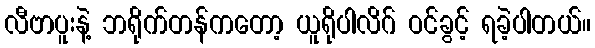
လီဗာပူးနဲ့ ဘရိုက်တန်ကတော့ ယူရိုပါလိဂ် ဝင်ခွင့် ရခဲ့ပါတယ်။